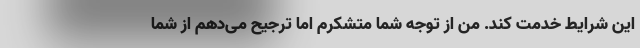
این شرایط خدمت کند. من از توجه شما متشکرم اما ترجیح می‌دهم از شما